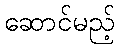
ဆောင်မည့်